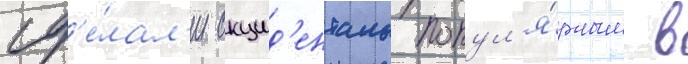
сд'е́лал'и окцид'енталь попул'я́рным в